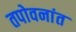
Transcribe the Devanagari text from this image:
तपोवनांत